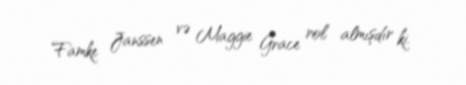
Famke Janssen və Maggie Grace rol almışdır ki.